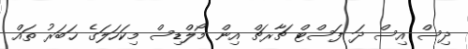
ދިސް އިސް ދަ ފަސްޓް ޗާރޗް އިން މޯލްޑިސް މިކަހަލަގެ ޚަބަރު ތައް